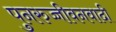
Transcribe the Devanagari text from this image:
पुनरुज्जीवनवादी